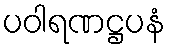
ပဝါရဏဋ္ဌပနံ